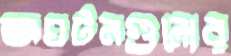
অঘটনগুলোর